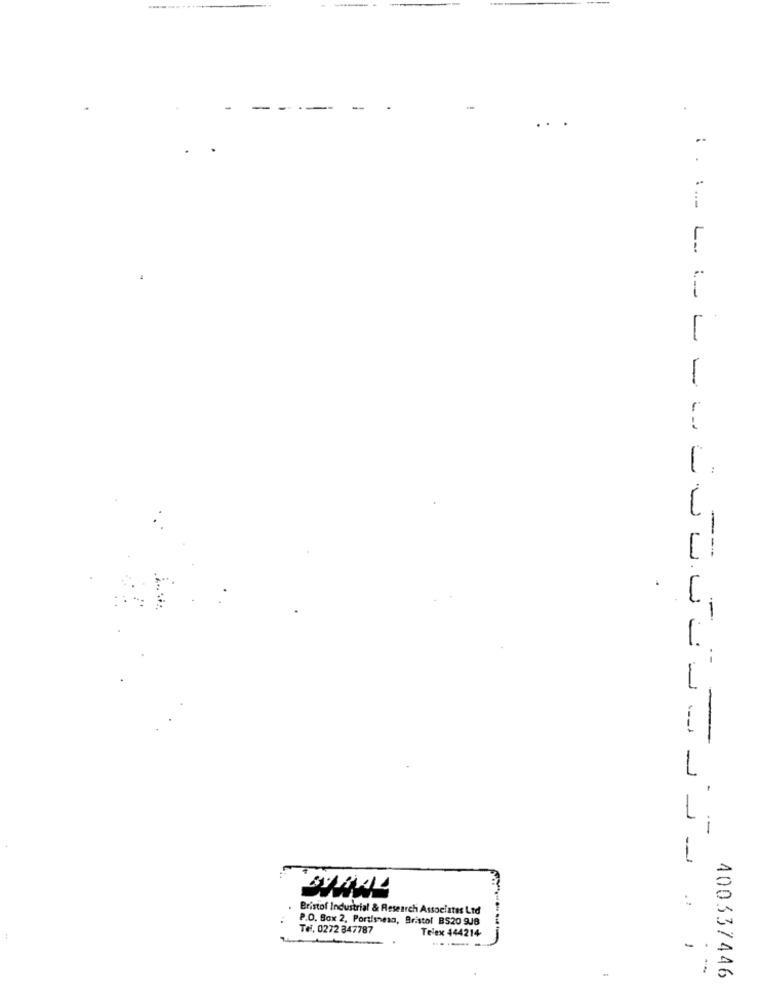
1
--
Bristof Industrial & Research Associates Ltd
P.O. Box 2, Portisnean, Bristol BS20 9JB
Tel. 0272 847787
Telex 444214
-
-
.
400337446